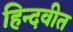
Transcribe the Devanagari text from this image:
हिन्दवीत